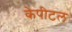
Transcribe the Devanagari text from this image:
केपीटल